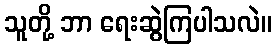
သူတို့ ဘာ ရေးဆွဲကြပါသလဲ။